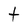
Character: t